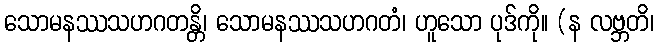
သောမနဿသဟဂတန္တိ၊ သောမနဿသဟဂတံ၊ ဟူသော ပုဒ်ကို။ (န လဗ္ဘတိ၊